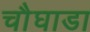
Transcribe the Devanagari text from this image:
चौघाडा